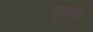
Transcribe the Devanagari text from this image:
गुडएनफ